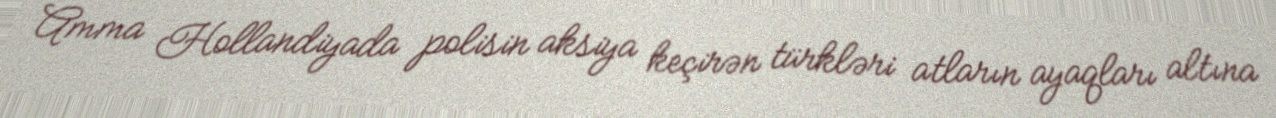
Amma Hollandiyada polisin aksiya keçirən türkləri atların ayaqları altına